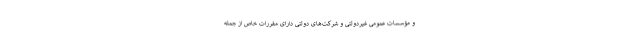
و مؤسسات عمومی غیردولتی و شرکت‌های دولتی دارای مقررات خاص از جمله